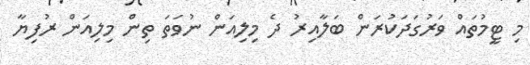
މި ޓީމުތައް ވަރުގަދަކުރަން ބަލާއިރު ދެ މިލިއަން ނުވަތަ ތިން މިލިއަން ރުފިޔާ